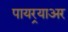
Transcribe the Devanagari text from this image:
पायर्‍याअर